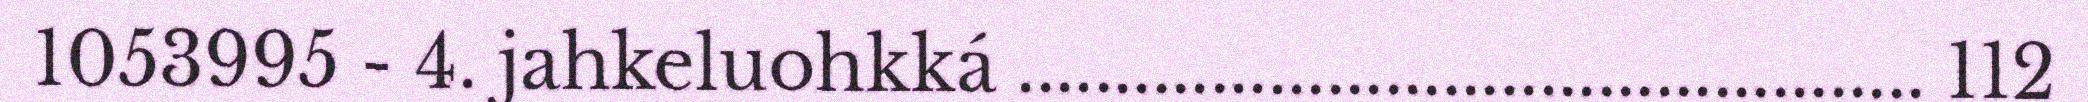
1053995 - 4. jahkeluohkká ............................................... 112